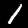
Label: 1